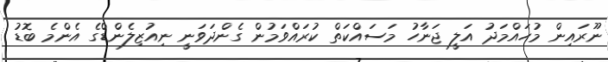
ނޫރައިން މުހައްމަދު އަލީ ޖަނާހު މަސައްކަތް ކުރައްވަމުން ގެންދަވަނީ ނިއުޒިލެންޑްގެ އެންމެ ބޮޑު